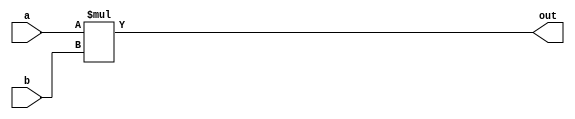
module dut (
    input wire [3:0] a,
    input wire [3:0] b,
    output reg [7:0] out
);
    always @(*) begin
        out = a * b; // A simple multiplication as an example DUT
    end
endmodule